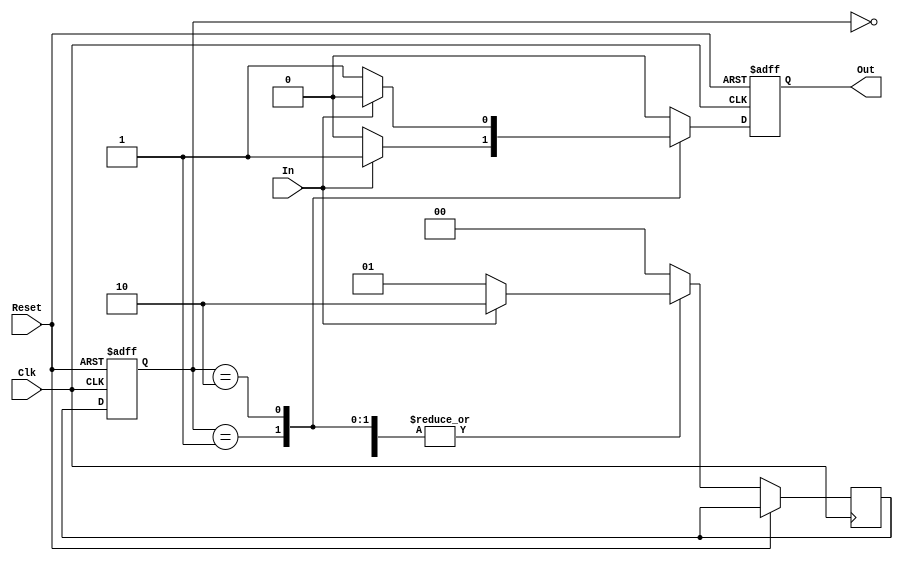
//Z = Xbar*Y1 + X*Y2
//T1 = Xbar*Y1 + X*Y1bar
//T2 = Xbar*Y2bar + X*Y2

module fsm_mealy (
    output reg Out, 
    input In, 
    input Reset, 
    input Clk
);

    reg [1:0] state, next_state;

    parameter S0 = 2'd0, S1 = 2'd1, S2 = 2'd2;

    always @(posedge Clk or posedge Reset) begin
	 
        if (Reset == 1) begin
            state <= S0;
            Out <= 0;
            end 
				 
		  else begin
            state <= next_state;
		  
        case (state)
            S0: begin
                if (In == 0) begin
                    next_state <= S1;
                    Out <= 0;
                    end 
					 else begin
                    next_state <= S2;
                    Out <= 0;
                    end
                end

            S1: begin
                if (In == 0) begin
                    next_state <= S1;
                    Out <= 0;
                    end 
					 else begin
                    next_state <= S2;
                    Out <= 1;
                    end
					 end
                

            S2: begin
                if (In == 0) begin
                    next_state <= S1;
                    Out <= 1;
                    end 
					 else begin
                    next_state <= S2;
                    Out <= 0;
                    end
                end

            default: begin
                next_state <= S0;
                Out <= 0;
                end
        endcase
		 end
	end
endmodule